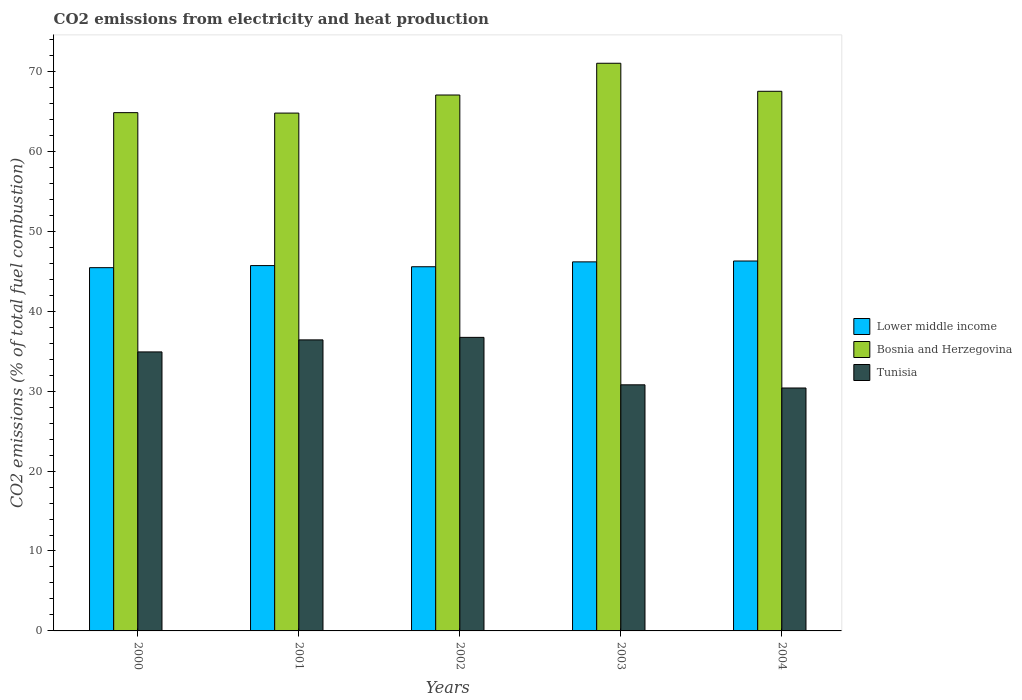
| Years | Lower middle income | Bosnia and Herzegovina | Tunisia |
 | --- | --- | --- | --- |
 | 2000 | 45.4 | 64.8 | 34.9 |
 | 2001 | 45.7 | 64.8 | 36.4 |
 | 2002 | 45.6 | 67 | 36.7 |
 | 2003 | 46.2 | 71 | 30.8 |
 | 2004 | 46.3 | 67.5 | 30.4 |